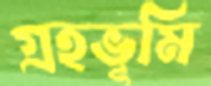
গ্রহভূমি